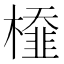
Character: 𣜂